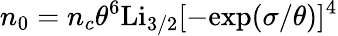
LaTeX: n_{0}={n_{c}}{\theta^{6}}\mathrm{{L}}{\mathrm{{i}}_{3/2}}[-\mathrm{{exp(}}\sigma\mathrm{{/}}\theta\mathrm{{)}}]^{4}